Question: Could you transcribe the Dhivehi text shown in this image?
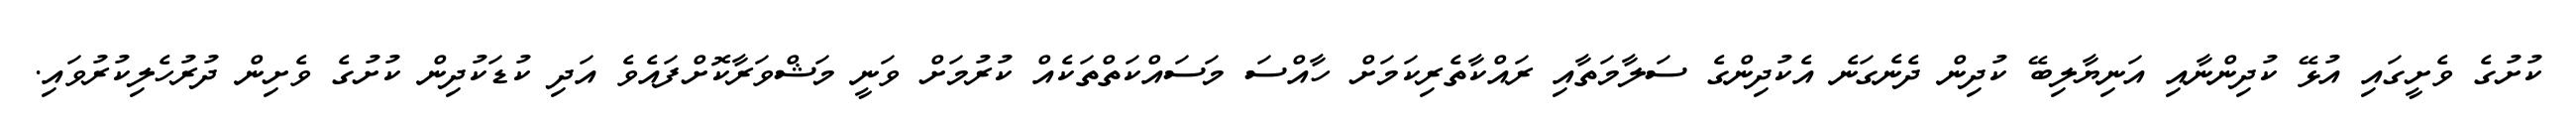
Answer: ކުށުގެ ވެށީގައި އުޅޭ ކުދިންނާއި އަނިޔާލިބޭ ކުދިން ދެނެގަނެ އެކުދިންގެ ސަލާމަތާއި ރައްކާތެރިކަމަށް ހާއްސަ މަސައްކަތްތަކެއް ކުރުމަށް ވަނީ މަޝްވަރާކޮށްފައެވެ އަދި ކުޑަކުދިން ކުށުގެ ވެށިން ދުރުހެލިކުރުވައި.